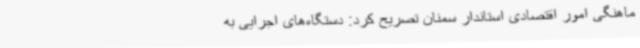
ماهنگی امور اقتصادی استاندار سمنان تصریح کرد: دستگاه‌های اجرایی به